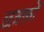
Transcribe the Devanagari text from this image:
छत्रकों